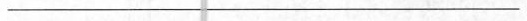
___